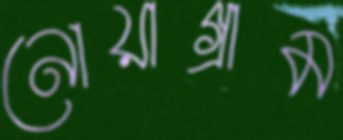
নোয়াগ্রাম